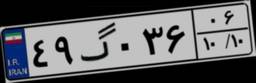
۴۹گ۰۳۶۰۶